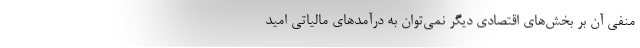
منفی آن بر بخش‌های اقتصادی دیگر نمی‌توان به درآمدهای مالیاتی امید